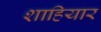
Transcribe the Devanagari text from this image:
शाहियार